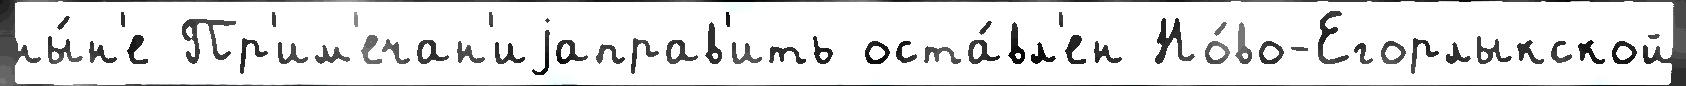
ны́н'е Пр'им'ечан'иjаправ'ить оста́вл'ен Но́во-Егорлыкской